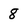
Character: 8